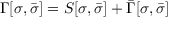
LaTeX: \Gamma [ \sigma , \bar { \sigma } ] = S [ \sigma , \bar { \sigma } ] + \bar { \Gamma } [ \sigma , \bar { \sigma } ]